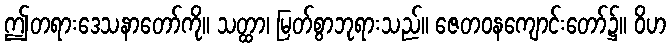
ဤတရားဒေသနာတော်ကို။ သတ္ထာ၊ မြတ်စွာဘုရားသည်။ ဇေတဝနကျောင်းတော်၌။ ဝိဟ